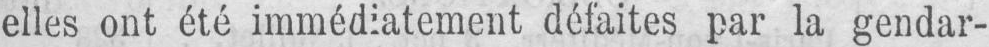
elles ont été immédiatement défaites par la gendar-